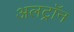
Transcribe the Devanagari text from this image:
अलट्राॅन